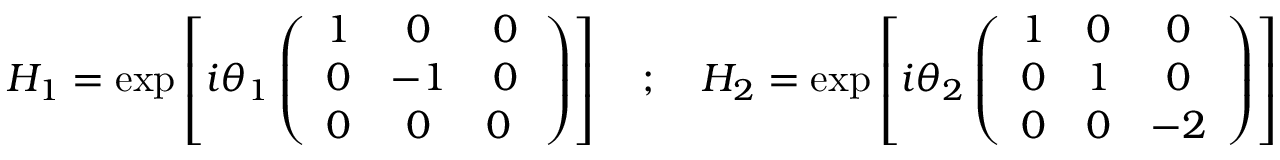
H _ { 1 } = \exp \left[ i \theta _ { 1 } \left( \begin{array} { c c c } { { 1 } } & { { 0 } } & { { 0 } } \\ { { 0 } } & { { - 1 } } & { { 0 } } \\ { { 0 } } & { { 0 } } & { { 0 \ } } \end{array} \right) \right] \quad ; \quad H _ { 2 } = \exp \left[ i \theta _ { 2 } \left( \begin{array} { c c c } { { 1 } } & { { 0 } } & { { 0 } } \\ { { 0 } } & { { 1 } } & { { 0 } } \\ { { 0 } } & { { 0 } } & { { - 2 } } \end{array} \right) \right]